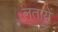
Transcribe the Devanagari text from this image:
लतायें